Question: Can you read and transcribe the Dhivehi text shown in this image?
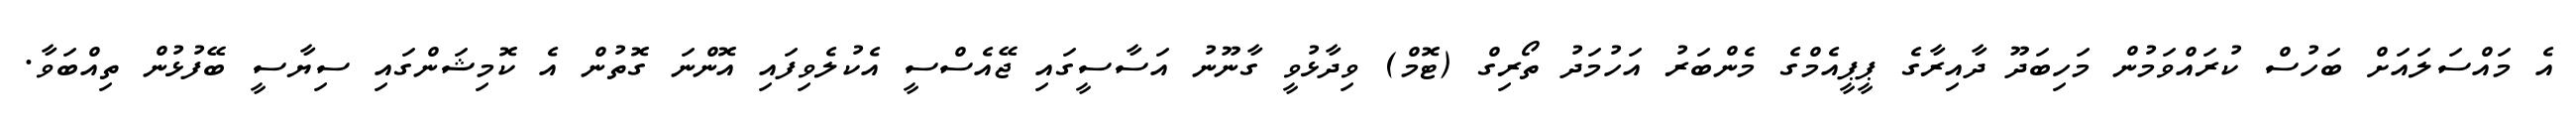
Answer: އެ މައްސަލައަށް ބަހުސް ކުރައްވަމުން މަހިބަދޫ ދާއިރާގެ ޕީޕީއެމްގެ މެންބަރު އަހުމަދު ތޯރިގް (ޓޮމް) ވިދާޅުވީ ގާނޫނު އަސާސީގައި ޖޭއެސްސީ އެކުލެވިފައި އޮންނަ ގޮތުން އެ ކޮމިޝަންގައި ސިޔާސީ ބޭފުޅުން ތިއްބަވާ.